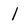
Character: l